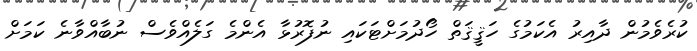
ކުރެވެމުން ދާއިރު އެކަމުގެ ހަޤީޤަތް ހޯދުމަށްޓަކައި ނުފޮރުޅާ އެންމެ ގަލެއްވެސް ނުބާއްވާނެ ކަމަށް